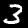
Label: 3